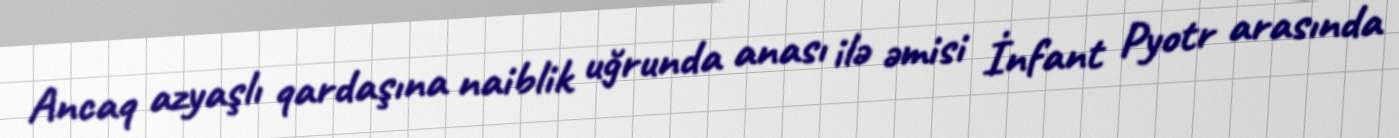
Ancaq azyaşlı qardaşına naiblik uğrunda anası ilə əmisi İnfant Pyotr arasında